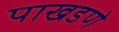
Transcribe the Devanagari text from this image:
पाखडणे